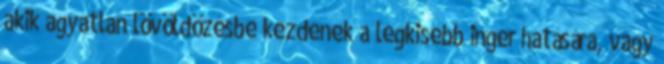
akik agyatlan lövöldözésbe kezdenek a legkisebb inger hatására, vagy